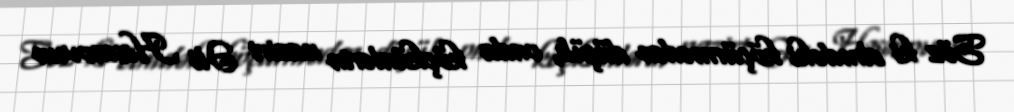
Söz ki elmdəki köçürmədən düşüb, onda köçkünlərin naziri Əli Həsənovun